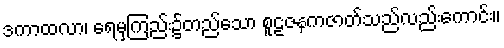
ဒကာထလာ၊ ရေမှကြည်း၌တည်သော စူဠဇနကဇာတ်သည်လည်းကောင်း။